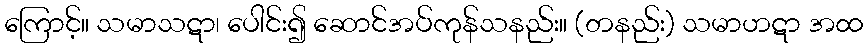
ကြောင့်။ သမာသဋာ၊ ပေါင်း၍ ဆောင်အပ်ကုန်သနည်း။ (တနည်း) သမာဟဋာ အထ